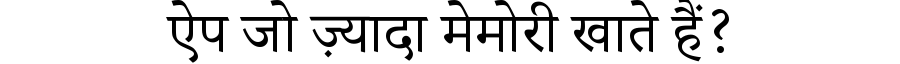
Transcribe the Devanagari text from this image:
ऐप जो ज़्यादा मेमोरी खाते हैं?